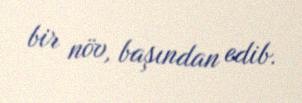
bir növ, başından edib.